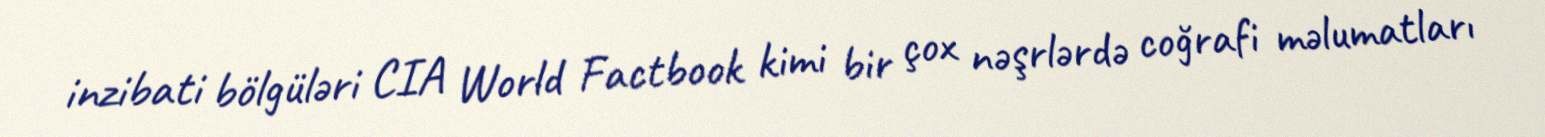
inzibati bölgüləri CIA World Factbook kimi bir çox nəşrlərdə coğrafi məlumatları